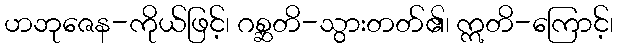
ဟဘုဇေန-ကိုယ်ဖြင့်၊ ဂစ္ဆတိ-သွားတတ်၏၊ ဣတိ-ကြောင့်၊